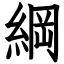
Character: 綱